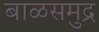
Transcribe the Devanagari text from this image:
बाळसमुद्र